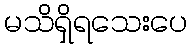
မသိရှိရသေးပေ